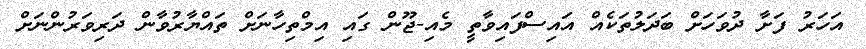
އަހަރު ފަށާ ދުވަހަށް ބަދަލުތަކެއް އައިސްފައިވާތީ މެއި-ޖޫން ގައި އިމްތިހާނަށް ތައްޔާރުވާން ދަރިވަރުންނަށް